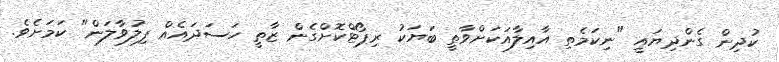
ކުދިން ގެންދިޔައީ "ނިކަމެތި އާއިލާއަކަށްވާތީ ބަޔަކު ރިޕޯޓްކޮށްގެން ޒާތީ ހަސަދައެއް ފިލުވާލަން" ކަމަށެވެ.